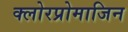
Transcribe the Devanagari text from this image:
क्लोरप्रोमाजिन